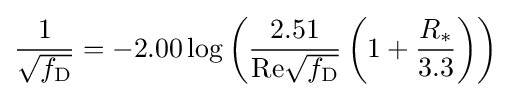
{\frac {1}{\sqrt {f_{\mathrm {D} }}}}=-2.00\log \left({\frac {2.51}{\mathrm {Re} {\sqrt {f_{\mathrm {D} }}}}}\left(1+{\frac {R_{*}}{3.3}}\right)\right)